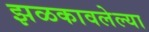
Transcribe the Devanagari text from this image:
झळकावलेल्या